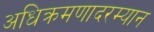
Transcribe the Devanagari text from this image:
अधिक्रमणादरम्यान